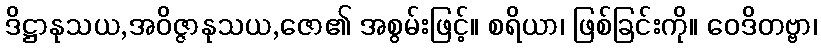
ဒိဋ္ဌာနုသယ,အဝိဇ္ဇာနုသယ,ဇော၏ အစွမ်းဖြင့်။ စရိယာ၊ ဖြစ်ခြင်းကို။ ဝေဒိတဗ္ဗာ၊